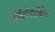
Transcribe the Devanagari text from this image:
डेव्हिडोविच